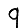
Digit: 9